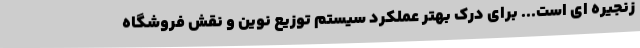
زنجیره ای است... برای درک بهتر عملکرد سیستم توزیع نوین و نقش فروشگاه